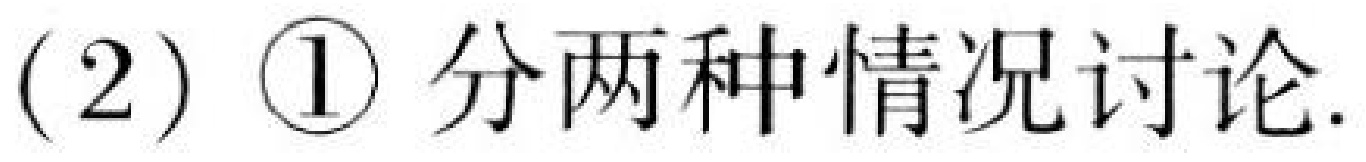
(2) \textcircled{1} 分两种情况讨论.